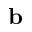
\mathbf { b }